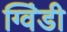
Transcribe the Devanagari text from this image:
ग्विंडी